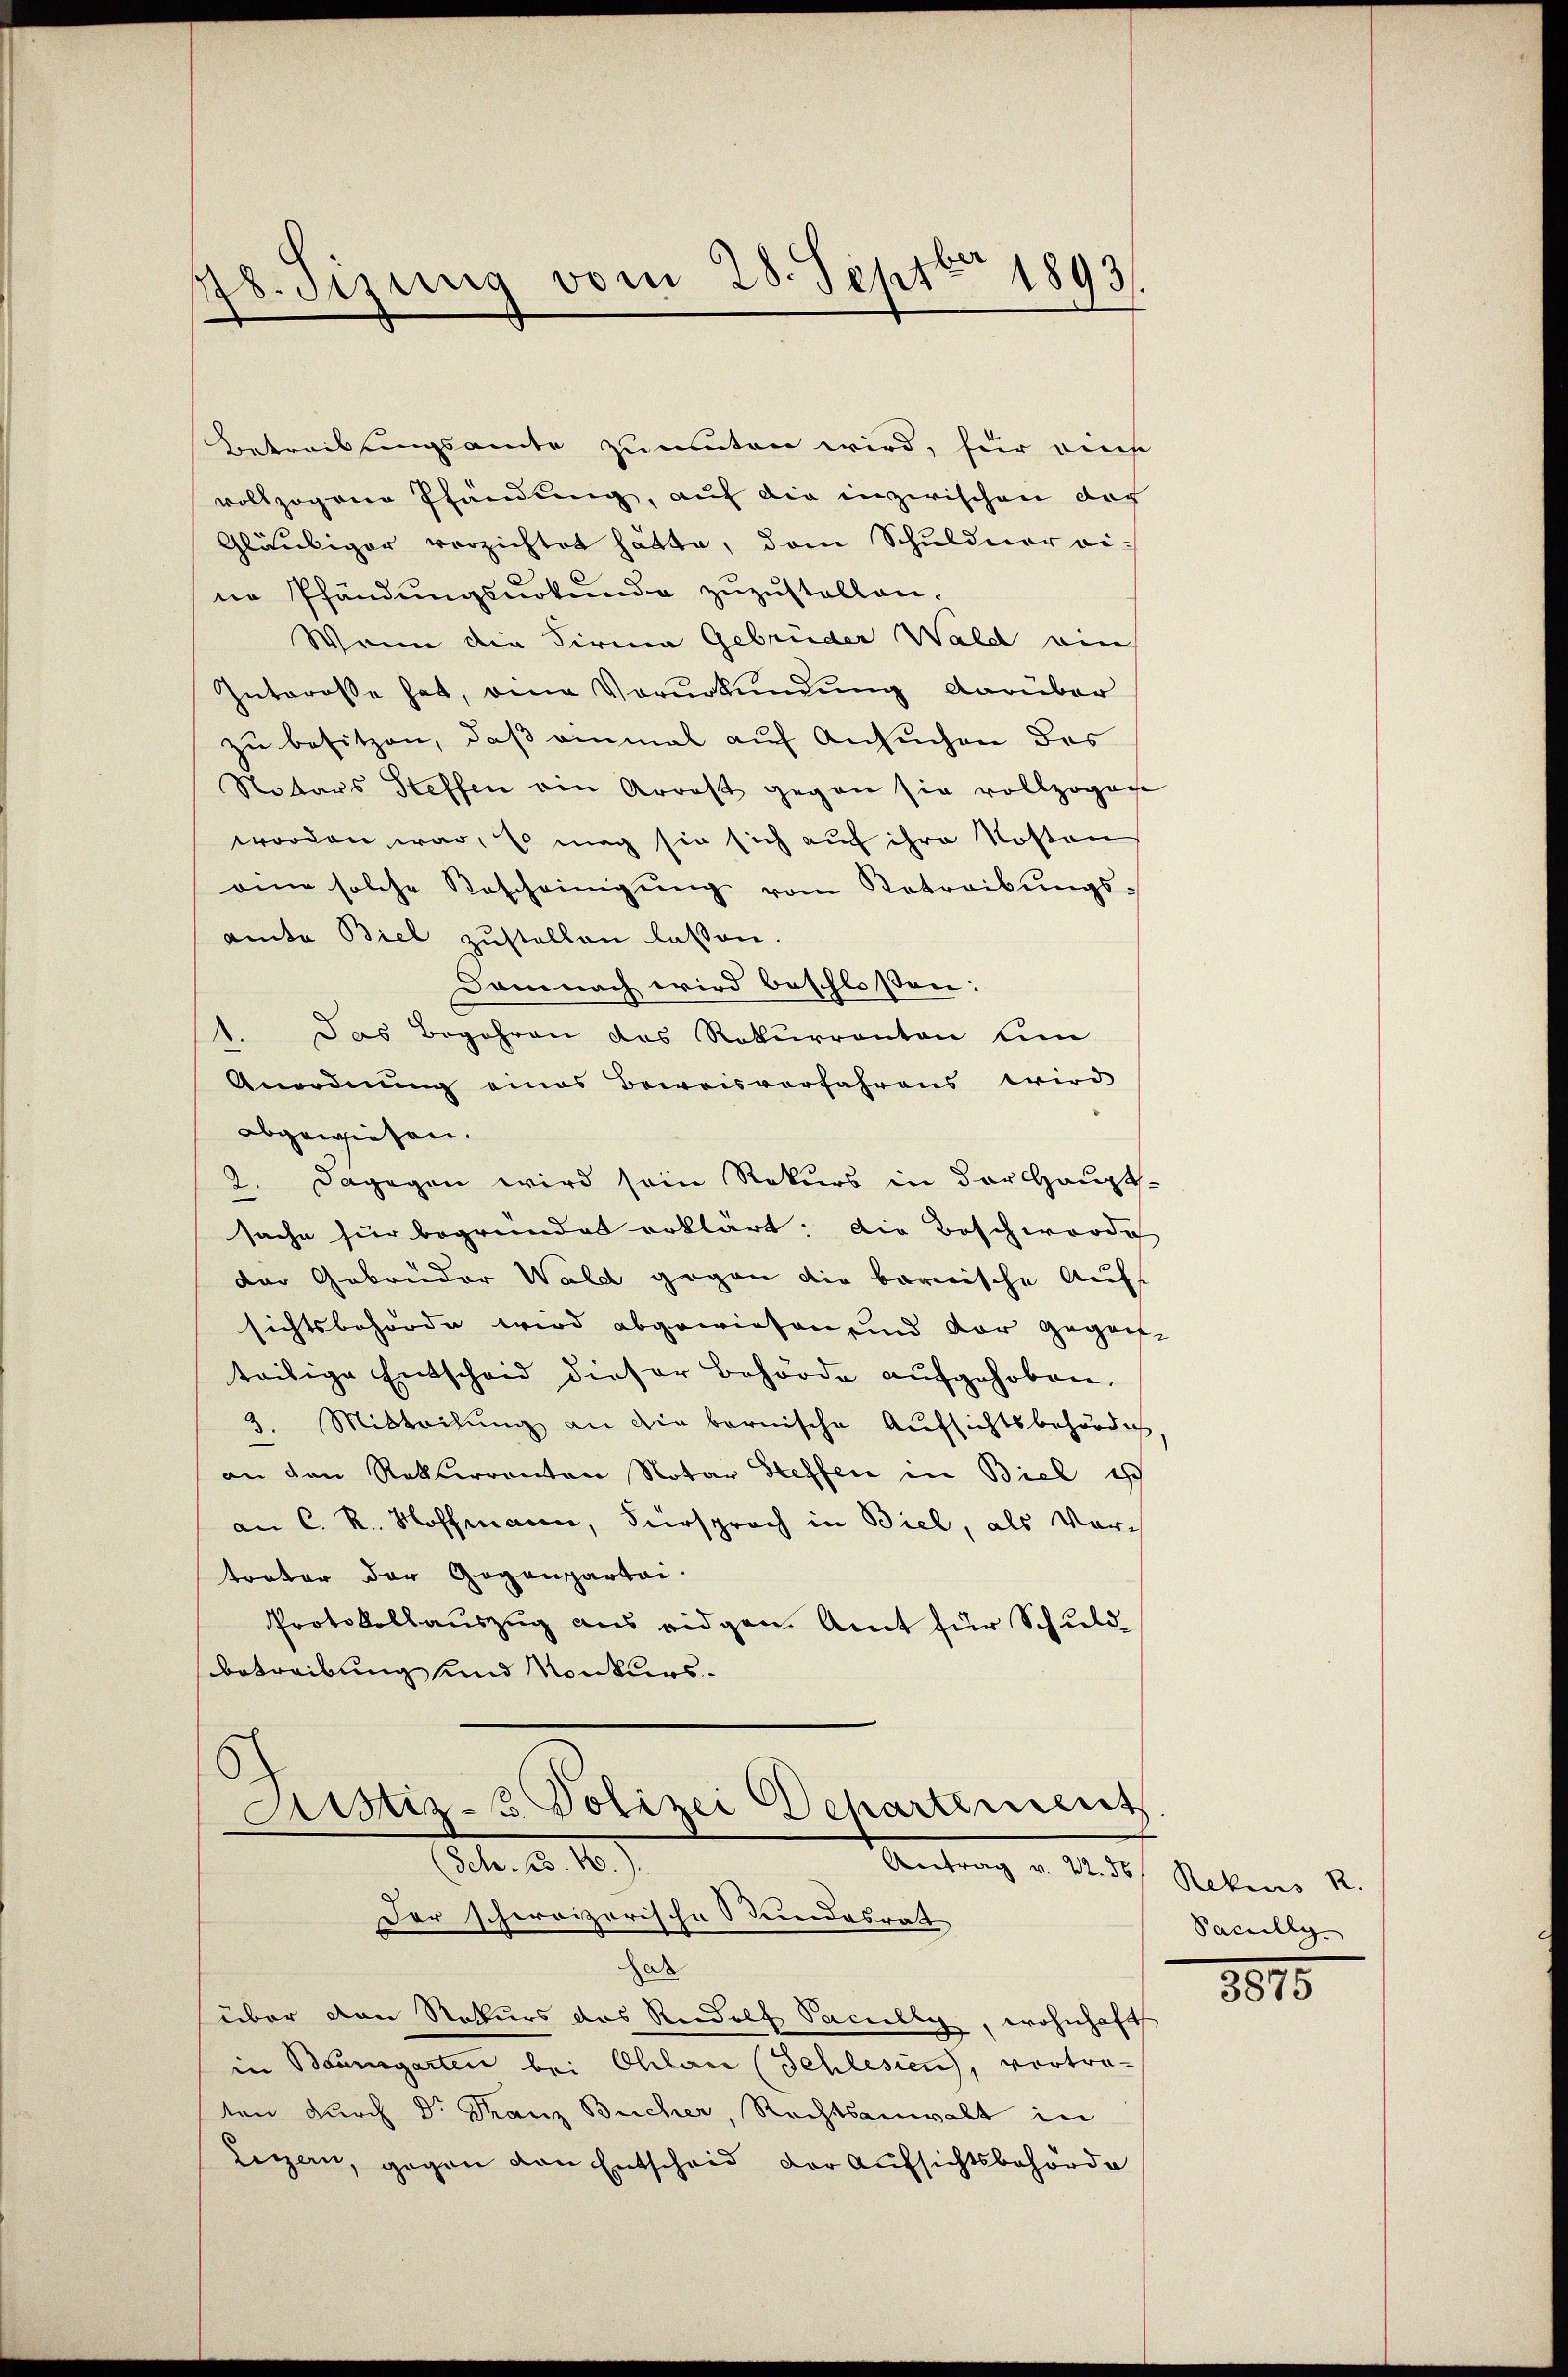
78. Sitzung vom 28. Septbr 1893/

Betreibungsamte zumuten wird, für reiche
vollzogene Pfandung, auf die inzwischen doch
Gläubiger verzichtet hätte, dem Schuldner ei-
ne Pfändungsurkunde zuzustellen.
Wenn die Firma Gebrüder Wald ein
Interose hat, eine Vorurkundung darüber
zu besitzen, daß einmal auf Ansuchen des
Notars Steffen ein Arrest gegen sie vollzogene
worden war, mag sie sich auf ihre Kosten
am solche Rescheinigŭng vom Betreibŭngs-
amte Biel zustellen lassen.
Damnach wird beschloßen:
1. Das Begehren das Rekurranton um
Anordnung eines Beweisverfahrens wird
abgewiesen.
2. Dagegen wird sein Rekurs in der Haupt-
sache für begründet erklärt: Die Beschwerde
der Gebrüder Wald gegen die berische Auf
sichtsbehörde wird abgewiesen und der gegen
teilige Entscheid dieser Behörde aufgehoben.
3. Mitteilung an die bernische Aufsichtsbehörde
an den Rekurrenten Notar Steffen in Biel ist
an C. R. Hoffmann, Fürsprach in Biel, als Vortrator der Gegenpartai-
Protokollauszug aus eidgen. Amt für Schuld-
betreibung und Konkurs¬

Astiz - Polizei Departement
Febr. d. 18.
Antrag v. M. des Rebene 12.
Der schweizerische Bundesrat

dar
über den Rekurs das Rudolf Pacilly, wohnhafts
in Baumgarten bei Ohlau (Schlesien, vortra-
ten durch Dr Franz Bucher, Rechtsanwalt in
Legern, gegen den Entscheid der Aufsichtsbehörde

Pacully

3875